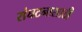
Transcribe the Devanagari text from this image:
संघटनासाठी